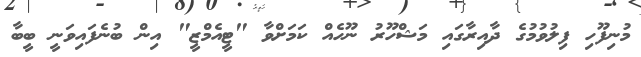
މުނިފޫހި ފިލުވުމުގެ ދާއިރާގައި މަޝްހޫރު ނޫހެއް ކަމަށްވާ "ޓީއެމްޒީ" އިން ބުނެފައިވަނީ ބީބާ